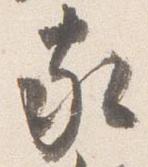
家